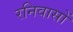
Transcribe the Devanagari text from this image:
रनिवासों